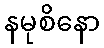
နမုစိနော